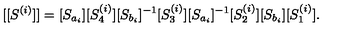
[ [ S ^ { ( i ) } ] ] = [ S _ { a _ { i } } ] [ S _ { 4 } ^ { ( i ) } ] [ S _ { b _ { i } } ] ^ { - 1 } [ S _ { 3 } ^ { ( i ) } ] [ S _ { a _ { i } } ] ^ { - 1 } [ S _ { 2 } ^ { ( i ) } ] [ S _ { b _ { i } } ] [ S _ { 1 } ^ { ( i ) } ] .